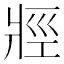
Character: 𱭐